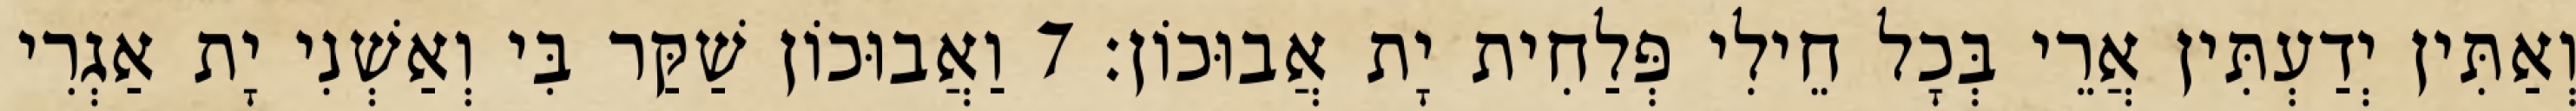
וְאַתִּין יְדַעְתִּין אֲרֵי בְּכָל חֵילִי פְּלַחִית יָת אֲבוּכוֹן׃ 7 וַאֲבוּכוֹן שַׁקַּר בִּי וְאַשְׁנִי יָת אַגְרִי